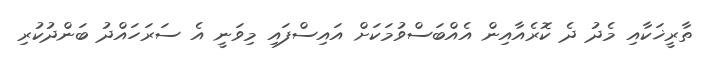
ތާރީޚަކާއި މެދު ދެ ކޮރެއާއިން އެއްބަސްވުމަކަށް އައިސްފައި މިވަނީ އެ ސަރަހައްދު ބަންދުކުރި